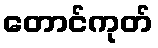
တောင်ကုတ်